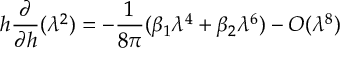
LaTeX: h \frac { \partial } { \partial h } ( \lambda ^ { 2 } ) = - \frac { 1 } { 8 \pi } ( \beta _ { 1 } \lambda ^ { 4 } + \beta _ { 2 } \lambda ^ { 6 } ) - O ( \lambda ^ { 8 } )